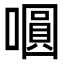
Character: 𭋋